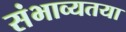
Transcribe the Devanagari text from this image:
संभाव्यतया